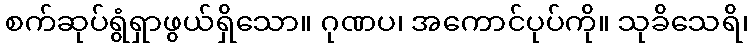
စက်ဆုပ်ရွံရှာဖွယ်ရှိသော။ ဂုဏပ၊ အကောင်ပုပ်ကို။ သုခိသေရိ၊